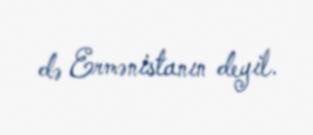
də Ermənistanın deyil.